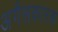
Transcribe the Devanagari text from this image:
अगैसकारक